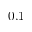
0 . 1